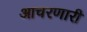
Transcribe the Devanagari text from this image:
आचरणारी